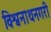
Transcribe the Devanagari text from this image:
विश्वनाथनगरी